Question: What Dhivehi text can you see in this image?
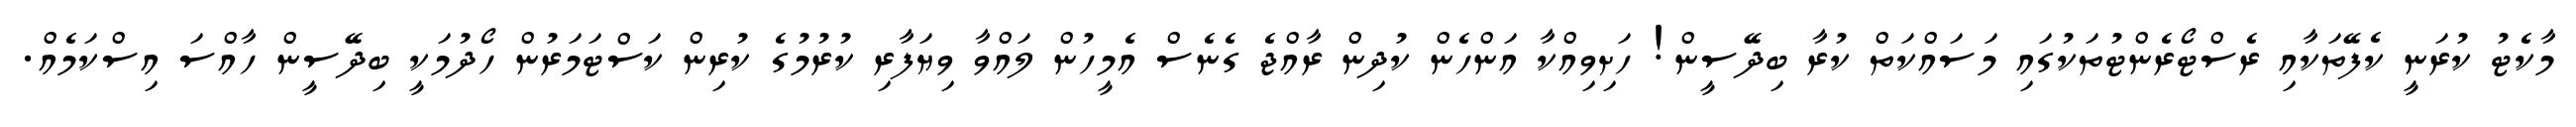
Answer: މާކެޓު ކުރަނީ ކެފޭތަކާއި ރެސްޓޯރެންޓުތަކުގައި މަސައްކަތް ކުރާ ބިދޭސީން! ހަށިވިއްކާ އަންހެން ކުދިން ރާއްޖެ ގެނެސް އެމީހުން ލައްވާ ވިޔަފާރި ކުރުމުގެ ކުރިން ކަސްޓަމަރުން ހޯދުމަކީ ބިދޭސީން ހާއްސަ އިސްކަމެއް.